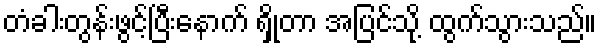
တံခါးတွန်းဖွင့်ပြီးနောက် ရှိုတာ အပြင်သို့ ထွက်သွားသည်။